Indian journal of veterinary science and animal husbandry - Volume 7,
Year: 1937
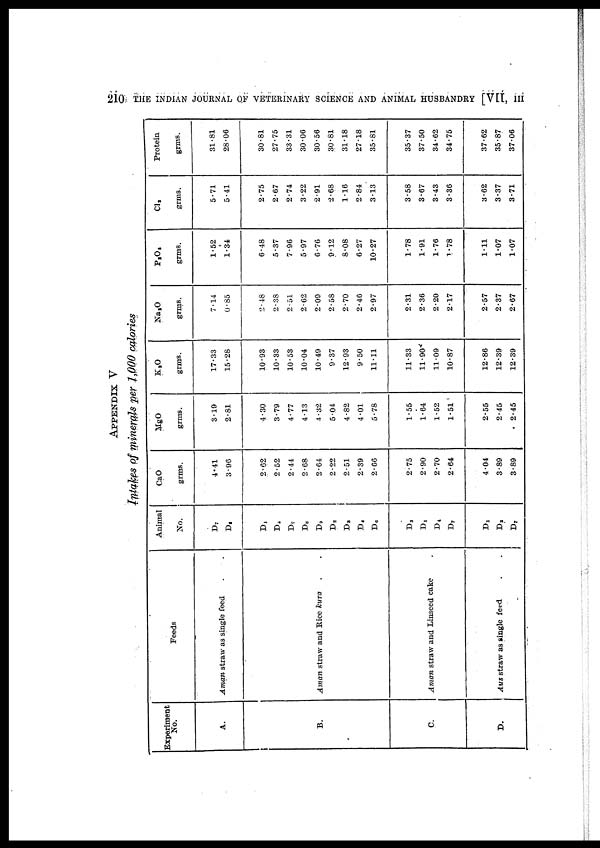
210
THE INDIAN JOURNAL OF VETERINARY SCIENCE AND ANIMAL HUSBANDRY [VII,
III
APPENDIX V
Intakes of minerals per 1,000 calories
Experiment
No.
A.
B.
C.
D.
Feeds
Aman straw as single feed . .
Aman straw and Rice kura . .
Aman straw and Linseed cake .
Aus straw as single feed . .
Animal
No.
D 7
D 8
D1
D 6
D 7
D 8
D 9
D 2
D 3
D 4
D 6
D 3
D 1
D 4
D 7
D 1
D 2
D 7
CaO
grms.
4.41
3.96
2.62
2.52
2.44
2.68
2.64
2.22
2.51
2.39
2.66
2.75
2.90
2.70
2.64
4.04
3.89
3.89
MgO
grms.
3.19
2.81
4.30
3.79
4.77
4.13
4.32
5.04
4.82
4.01
5.78
1.55
1.64
1.52
1.51
2.55
2.45
2.45
K 2 O
grms.
17.33
15.28
10.93
10.33
10.53
10.04
10.49
9.37
12.93
9.50
11.11
11.33
11.90
11.09
10.87
12.86
12.39
12.39
Na 2 O
grms.
7.14
0.85
2.48
2.38
2.51
2.62
2.09
2.58
2.70
2.46
2.97
2.31
2.36
2.20
2.17
2.57
2.37
2.67
P 2 O 5
grms.
1.52
1.34
6.48
5.37
7.96
5.97
6.76
9.12
8.08
6.27
10.27
1.78
1.91
1.76
1.78
1.11
1.07
1.07
Cl 2
grms.
5.71
5.41
2.75
2.67
2.74
3.22
2.91
2.68
1.16
2.84
3.13
3.58
3.67
3.43
3.36
3.62
3.37
3.71
Protein
grms.
31.81
28.06
30.81
27.75
33.31
30.06
30.56
30.81
31.18
27.18
35.81
35.37
37.50
34.62
34.75
37.62
35.87
37.06